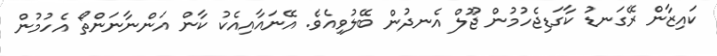
ކައިޒާން ރޭގަނޑު ކާގަޑިޖެހުމުން ޖޫލް އެނދުން ބޭލުވިއެވެ. އޭނައާއިއެކު ކާން އަންނާނަންތޯ އެހުމުން